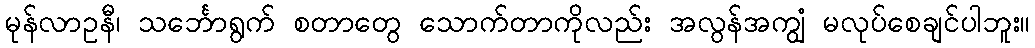
မုန်လာဥနီ၊ သင်္ဘောရွက် စတာတွေ သောက်တာကိုလည်း အလွန်အကျွံ မလုပ်စေချင်ပါဘူး။